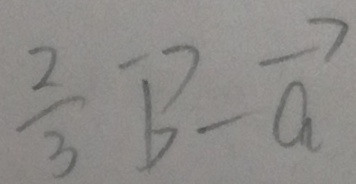
\frac { 2 } { 3 } \overrightarrow { b } - \overrightarrow { a }